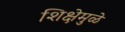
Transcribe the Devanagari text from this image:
शिक्षेमुळे